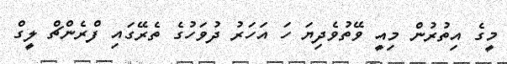
މީގެ އިތުރުން މިއީ ވޭތުވެދިޔަ ހަ އަހަރު ދުވަހުގެ ތެރޭގައި ފްރެންޗް ލީގް